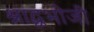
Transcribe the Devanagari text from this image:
श्राद्धभोजी